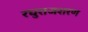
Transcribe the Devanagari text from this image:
रघुराजशरण